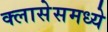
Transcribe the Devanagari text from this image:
क्लासेसमध्ये